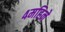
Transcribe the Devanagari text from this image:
४महिने